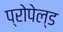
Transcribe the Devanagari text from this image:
प्रोपेल्ड